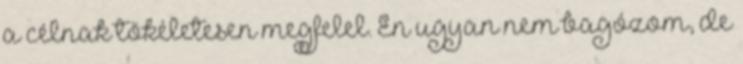
a célnak tökéletesen megfelel. Én ugyan nem bagózom, de